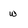
Character: w